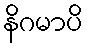
နိဂမာပိ